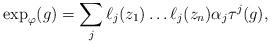
LaTeX: \begin{align*}\exp_{\varphi}(g)=\sum_{j} \ell_j(z_1)\dots\ell_j(z_n)\alpha_j\tau^j(g),\end{align*}